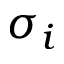
\sigma _ { i }